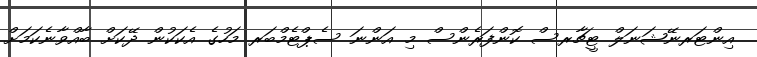
އިންޓަރނޭޝަނަލް ޓީޗާރސް ކޮންފަރެންސް މި އަންނަ ސެޕްޓެމްބަރ މަހުގެ އެކަކުން ދޭކަށް ބާއްވާނެކަމަށް